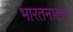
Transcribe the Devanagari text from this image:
भारतनाट्य